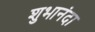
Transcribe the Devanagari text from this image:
शुभानंदा